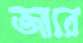
জারে